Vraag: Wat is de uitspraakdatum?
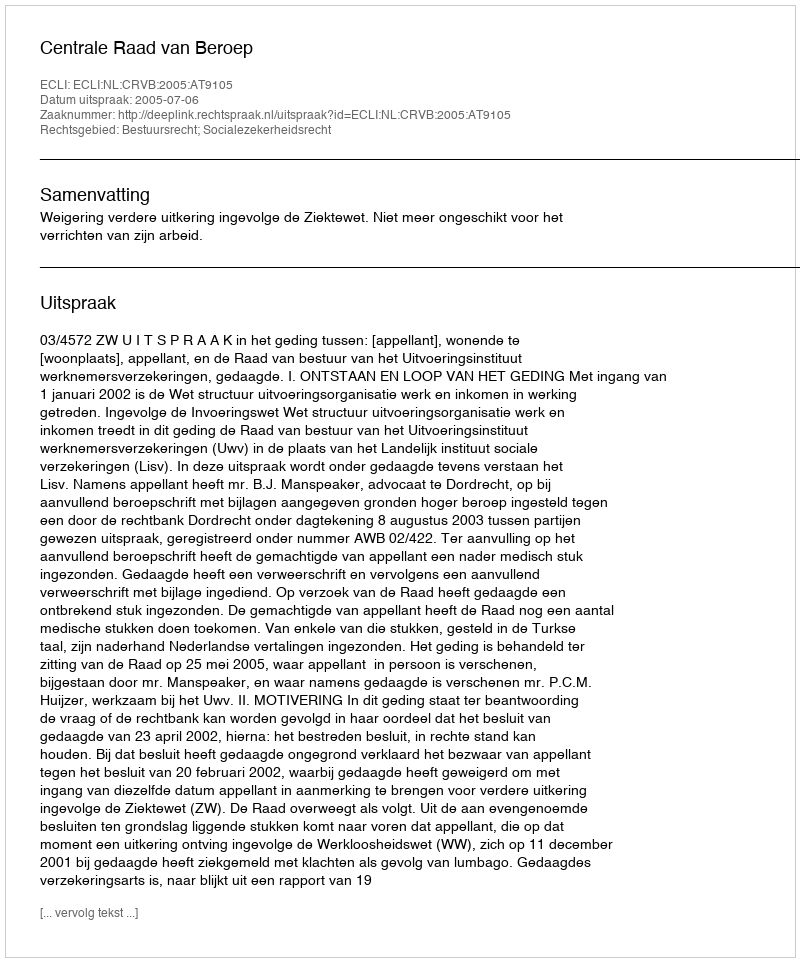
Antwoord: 2005-07-06